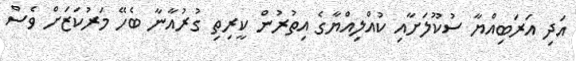
އަދި އަރަބިއްޔާ ސުކޫލަށާއި ކުއްލިއްޔާގެ އިތުރުން ކީރިތި ގުރުއާނާ ބެހޭ މަރުކަޒަށް ވެސް